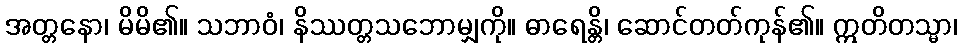
အတ္တနော၊ မိမိ၏။ သဘာဝံ၊ နိဿတ္တသဘောမျှကို။ ဓာရေန္တိ၊ ဆောင်တတ်ကုန်၏။ ဣတိတသ္မာ၊